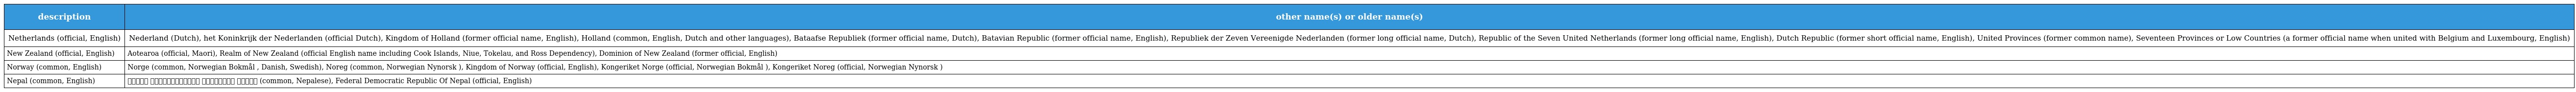
| description | other name(s) or older name(s) |
 | --- | --- |
 | Netherlands (official, English) | Nederland (Dutch), het Koninkrijk der Nederlanden (official Dutch), Kingdom of Holland (former official name, English), Holland (common, English, Dutch and other languages), Bataafse Republiek (former official name, Dutch), Batavian Republic (former official name, English), Republiek der Zeven Vereenigde Nederlanden (former long official name, Dutch), Republic of the Seven United Netherlands (former long official name, English), Dutch Republic (former short official name, English), United Provinces (former common name), Seventeen Provinces or Low Countries (a former official name when united with Belgium and Luxembourg, English) |
 | New Zealand (official, English) | Aotearoa (official, Maori), Realm of New Zealand (official English name including Cook Islands, Niue, Tokelau, and Ross Dependency), Dominion of New Zealand (former official, English) |
 | Norway (common, English) | Norge (common, Norwegian Bokmål , Danish, Swedish), Noreg (common, Norwegian Nynorsk ), Kingdom of Norway (official, English), Kongeriket Norge (official, Norwegian Bokmål ), Kongeriket Noreg (official, Norwegian Nynorsk ) |
 | Nepal (common, English) | संघिय लोकतान्त्रिक गणतन्त्र नेपाल (common, Nepalese), Federal Democratic Republic Of Nepal (official, English) |